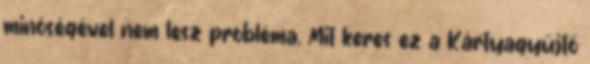
minőségével nem lesz probléma. Mit keres ez a Kártyagyűjtő